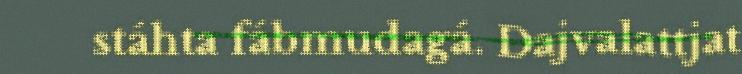
stáhta fábmudagá. Dajvalattjat